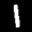
Label: 1